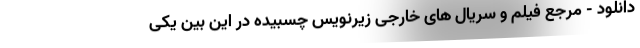
دانلود - مرجع فیلم و سریال های خارجی زیرنویس چسبیده در این بین یکی